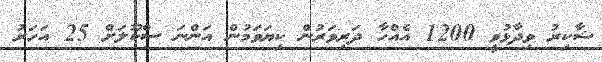
ޝާކިރު ވިދާޅުވީ 1200 އެއްހާ ދަރިވަރުން ކިޔަވަމުން އަންނަ ސްކޫލަށް 25 އަހަރު